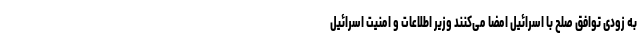
به زودی توافق صلح با اسرائیل امضا می‌کنند وزیر اطلاعات و امنیت اسرائیل